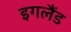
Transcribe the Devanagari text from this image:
इगलैंड